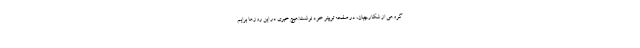
گروهی از شکارچیان، در صفحه توییتر خود نوشت:هیچ خبری در این روزها برایم